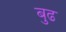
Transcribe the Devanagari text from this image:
बुढ